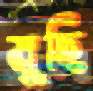
মুছি